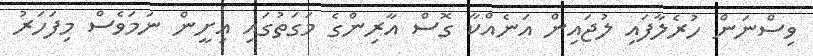
ވިސްނަން ހުރެލާފައި ލުޖައިން އަނެއްކާ ގޮސް އާރިންގެ މަގަތުގައި އިށީން ނަމަވެސް މިފަހަރު